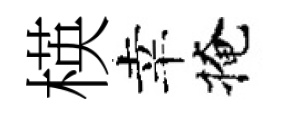
楧幸掩